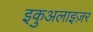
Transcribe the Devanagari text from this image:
इकुअलाइज़र